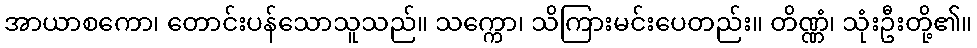
အာယာစကော၊ တောင်းပန်သောသူသည်။ သက္ကော၊ သိကြားမင်းပေတည်း။ တိဏ္ဏံ၊ သုံးဦးတို့၏။